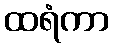
ထရံကာ